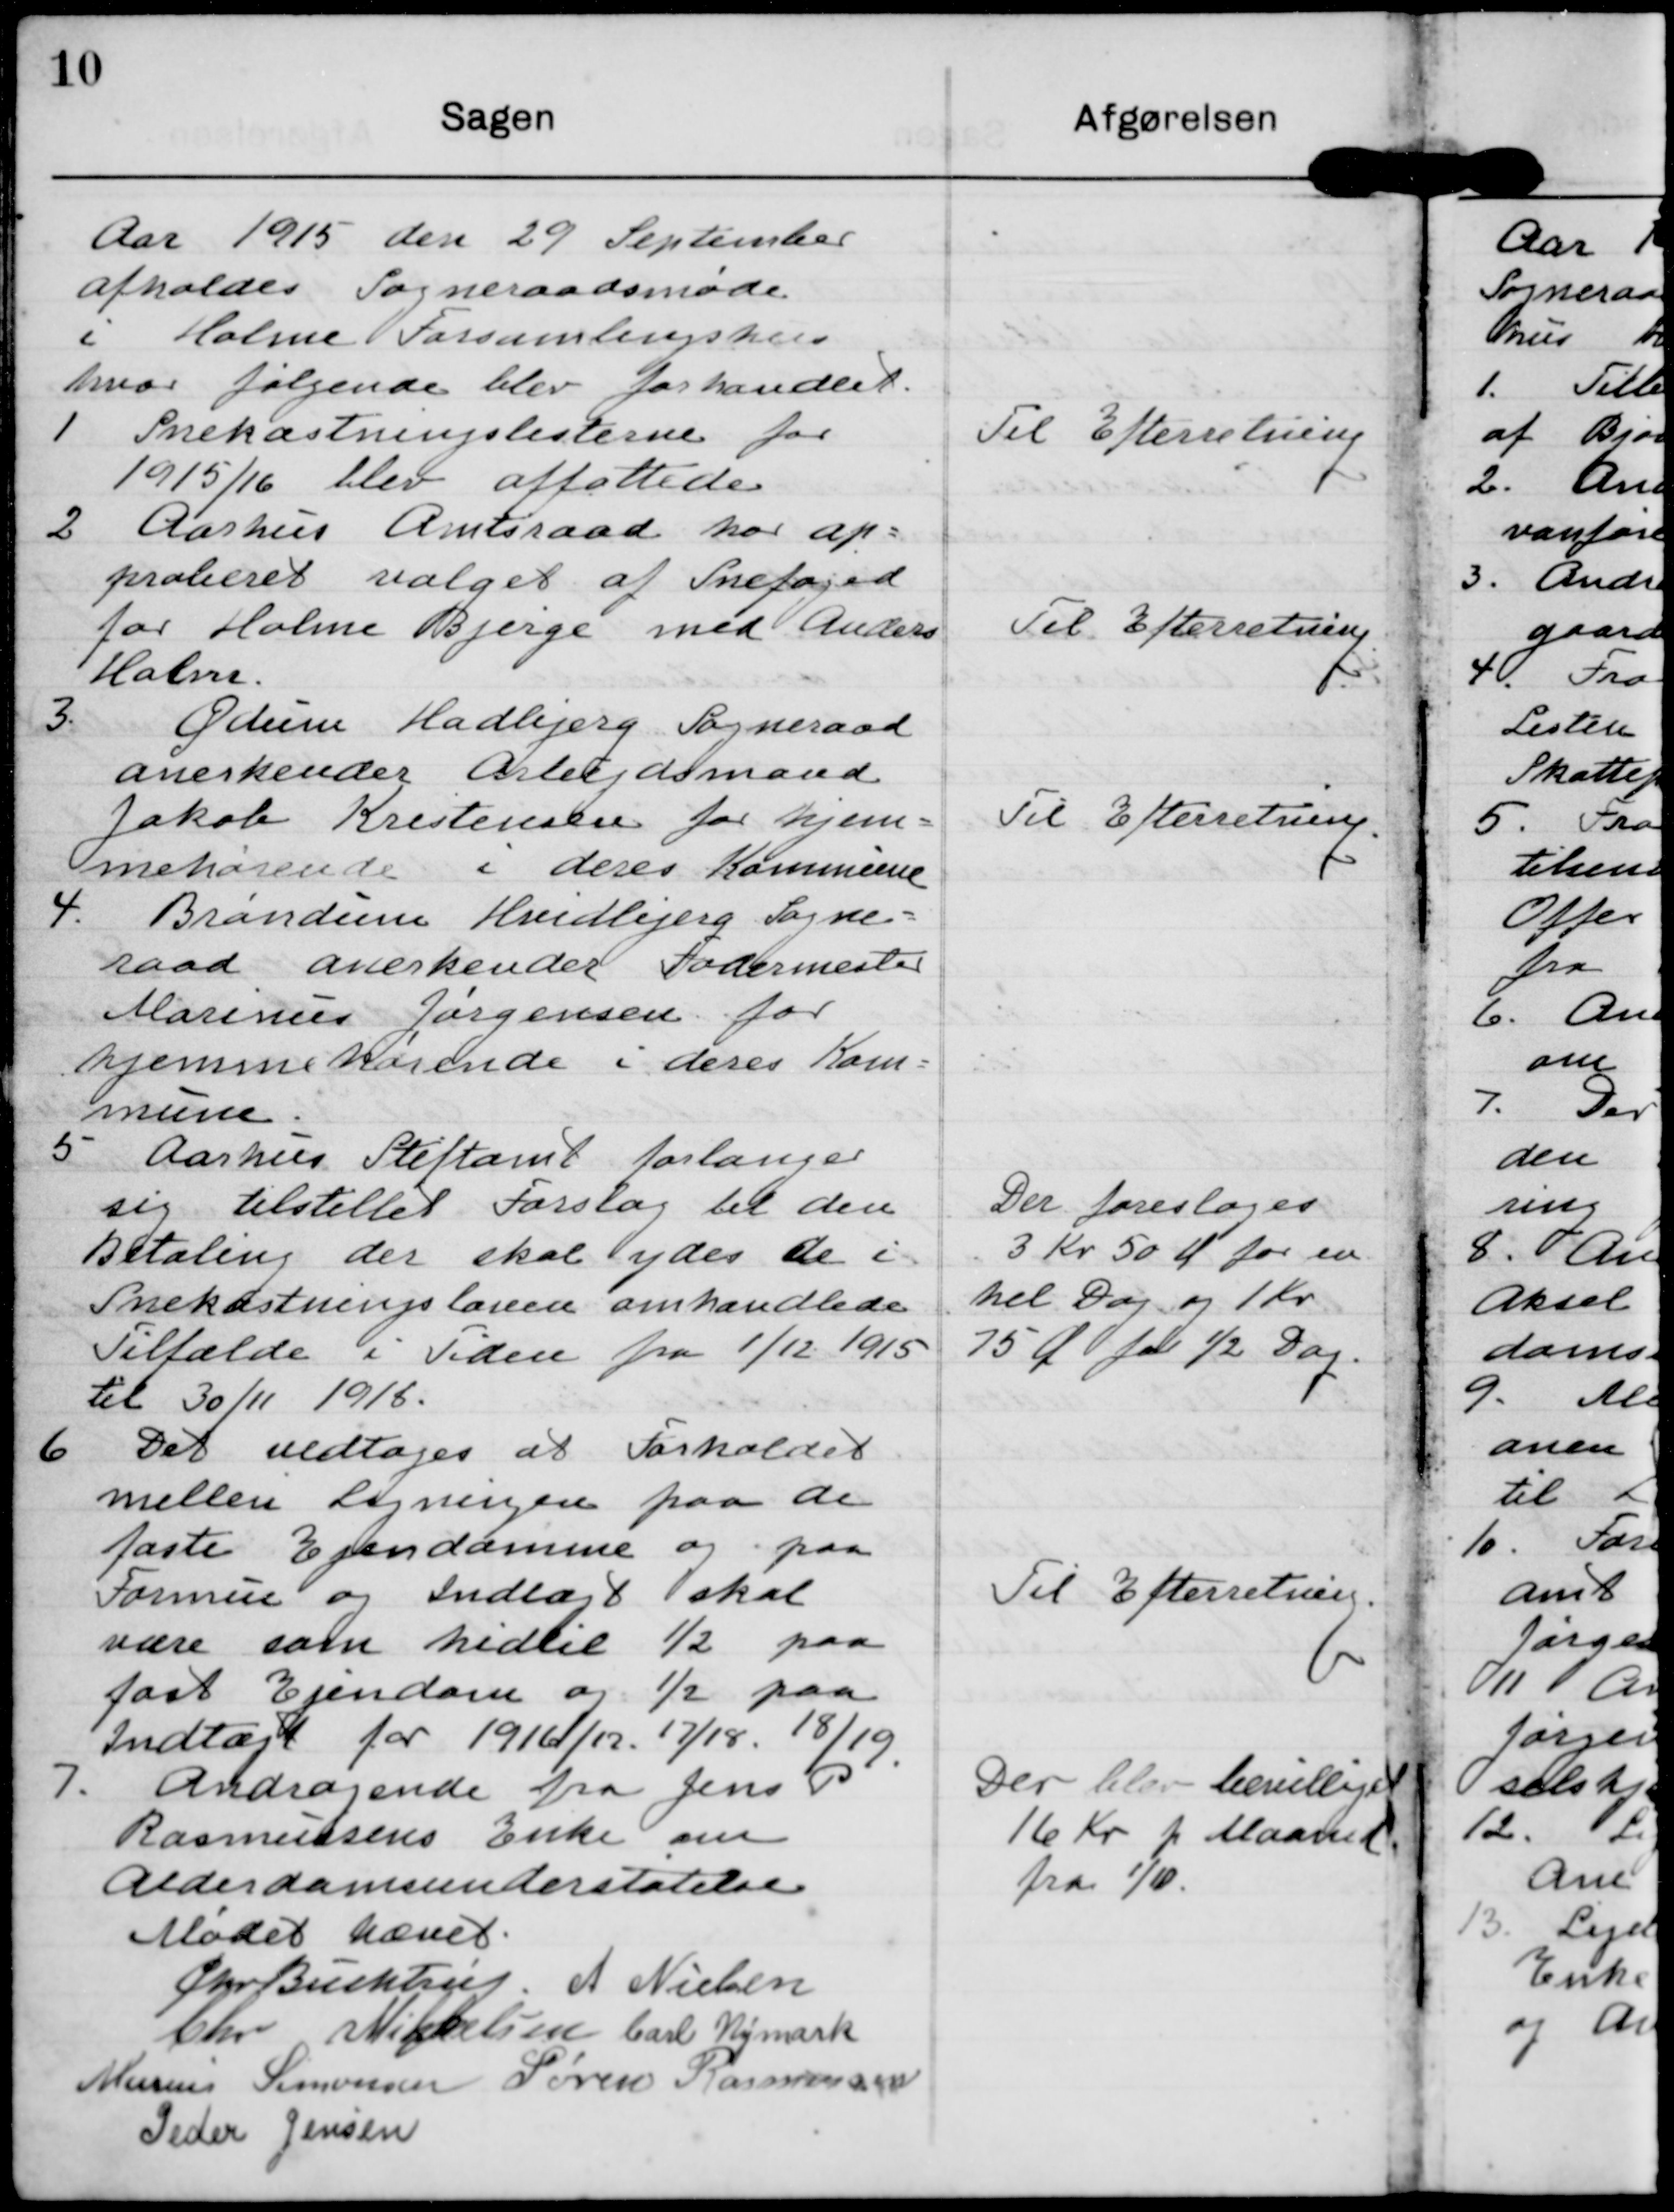
Transskription:
Aar 1915 den 29 September
afholdes Sogneraadsmøde
i Holme Forsamlingshus
hvor følgende blev forhandlet

1 Snekastningslisterne for
1915/16 blev affattede

Til Efterretning

2 Aarhus Amtsraad har ap=
proberet valget af Snefoged 
for Holme Bjerge med Anders
Holme.

Til Efterretning.

3. Ødum Hadbjerg Sogneraad
anerkender Arbejdsmand
Jakob Kristensen for hjem-
mehørende i deres Kommune

Til Efterretning.

4. Brøndum Hvidbjerg Sogne-
raad anerkender Fodermester
Marinus Jørgensen for
hjemmehørende i deres Kom-
mune.

5 Aarhus Stiftamt forlanger
sig tilstillet Forslag til den
Betaling der skal ydes de i
Snekastningsloven omhandlede
Tilfælde i Tiden fra 1/12 1915
til 30/11 1916.

Der foresloges
3 Kr 50 Ø for en
hel Dag og 1 Kr
75 Ø for ½ Dag.

6 Det vedtages at Forholdet
mellem Ligningen paa de 
faste Ejendomme og paa
Formue og Indtægt skal
være som hidtil ½ paa
fast Ejendom og ½ paa
Indtægt for 1916/17. 17/18. 18/19.

Til Efterretning.

7. Andragende fra Jens P
Rasmussens Enke om
Alderdomsunderstøtelse

Der blev bevilliget
16 Kr p Maaned,
fra 1/10.

Mødet hævet.
Chr Buchtrup
A Nielsen
Chr Mikkelsen
Carl Nymark
Marius Simonsen
Søren Rasmussen
Peder Jensen